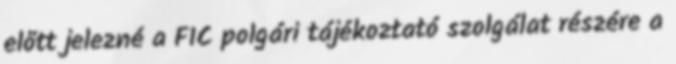
előtt jelezné a FIC polgári tájékoztató szolgálat részére a